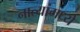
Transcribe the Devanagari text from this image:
नात्यांमध्ये